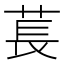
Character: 萇